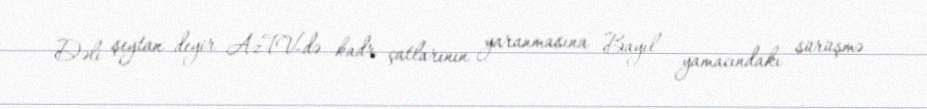
Dəli şeytan deyir AzTV-də kadr çatlarının yaranmasına Bayıl yamacındakı sürüşmə